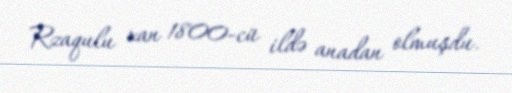
Rzaqulu xan 1800-cü ildə anadan olmuşdu.